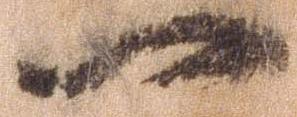
一